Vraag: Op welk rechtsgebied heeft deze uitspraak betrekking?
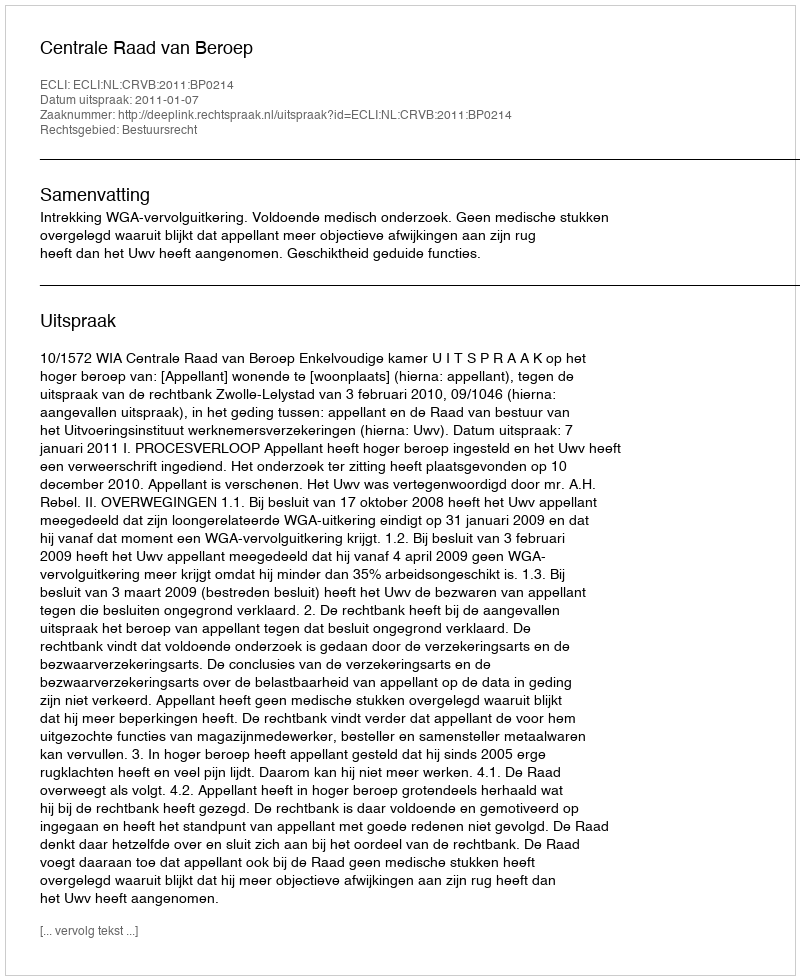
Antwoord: Bestuursrecht